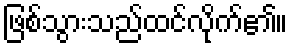
ဖြစ်သွားသည်ထင်လိုက်၏။